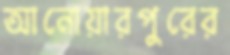
আনোয়ারপুরের